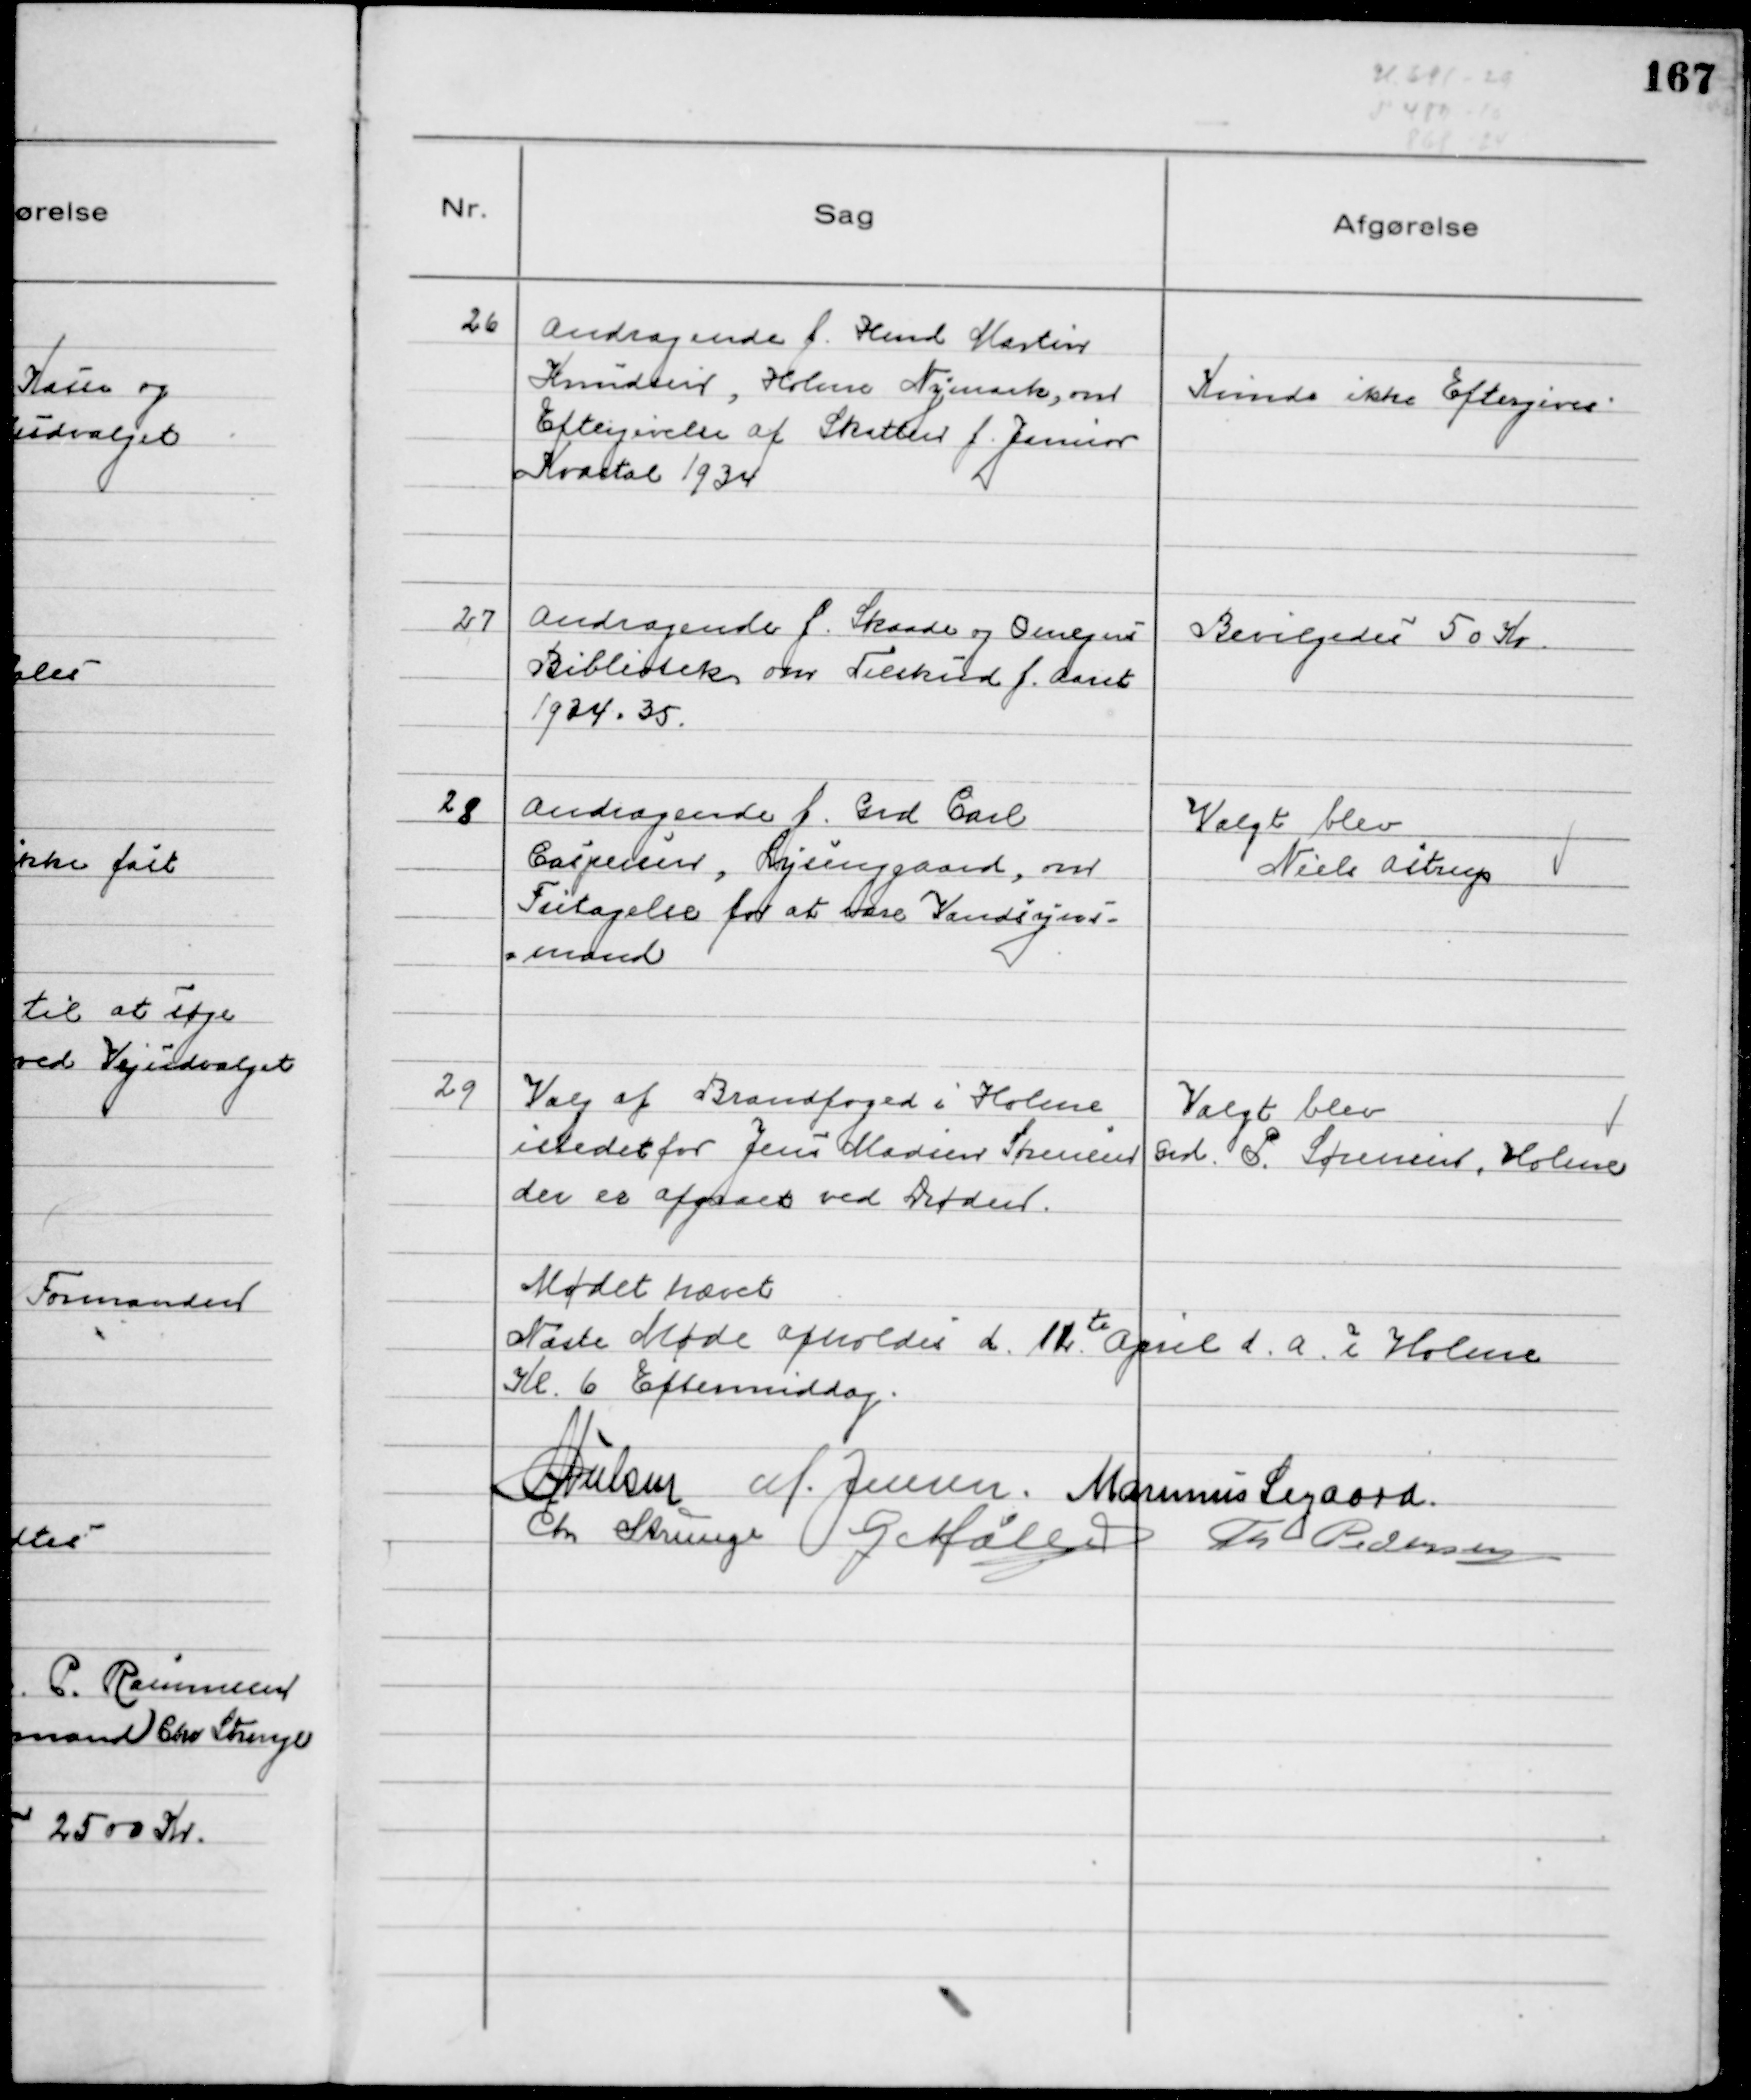
Transskription:
26
Andragende f. Hmd Martin
Knudsen, Holme Nymark, om
Eftergivelse af Skatten f. Januar
Kvartal 1934

Kunde ikke eftergives

27
Andragende f. Skaade og Omegns
Bibliotek om Tilskud f. Aaret
1934 - 35.

Bevilgedes 50 Kr.

28
Andragende f. Grd Carl
Caspersen, Lysenggaard, om
Fritagelse for at være Vandsyns-
-mand

Valgt blev
Niels Astrup

29
Valg af Brandfoged i Holme
istedet for Jens Madsen Sørensen
der er afgaaet ved Døden.

Valgt blev
Grd. P. Sørensen, Holme

Mødet hævet
Næste Møde afholdes d.11te April d. a. i Holme
Kl. 6 Eftermiddag.
NNielsen M. Jensen Marinus Sigaard
Chr Strunge G Møller Th Pedersen